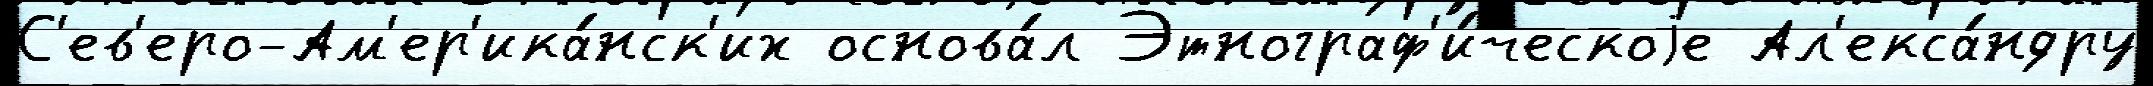
С'ев'еро-Ам'ер'ика́нск'их основа́л Этнограф'и́ческоjе Ал'екса́ндру